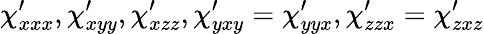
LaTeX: \chi_{xxx}^{\prime},\chi_{xyy}^{\prime},\chi_{xzz}^{\prime},\chi_{yxy}^{\prime}=\chi_{yyx}^{\prime},\chi_{zzx}^{\prime}=\chi_{zxz}^{\prime}